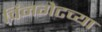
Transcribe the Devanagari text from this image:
विनगेटच्या